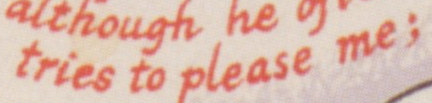
tries to please me;